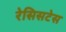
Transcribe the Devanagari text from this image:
रेसिसटेस